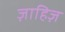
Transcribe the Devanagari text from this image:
ज़ाहिज़